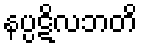
နပ္ပဋိလဘတိ